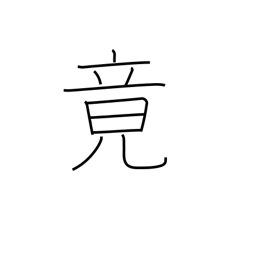
Meaning: finally